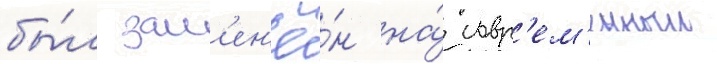
бы́л зам'ен'ё́н на́ совр'ем'енныи